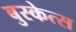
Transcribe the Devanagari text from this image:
बुस्केत्स